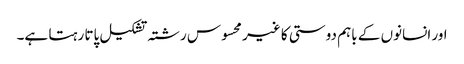
اور انسانوں کے باہم دوستی کا غیر محسوس رشتہ تشکیل پاتا رہتا ہے۔